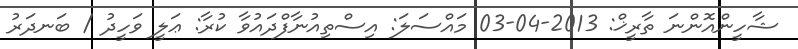
ޝާހީންއޮންނަ ތާރީޚް: 2013-04-03 މައްސަލަ: އިސްތިއުނާފްދައުވާ ކުރާ: ޢަލީ ވަހީދު / ބަނދަރު